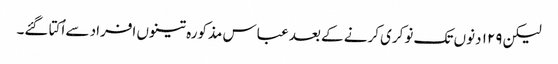
لیکن ۱۲۹ دنوں تک نوکری کرنے کے بعد عباس مذکورہ تینوں افراد سے اُکتا گئے۔